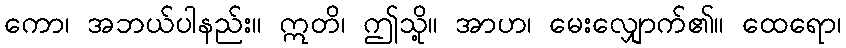
ကော၊ အဘယ်ပါနည်း။ ဣတိ၊ ဤသို့။ အာဟ၊ မေးလျှောက်၏။ ထေရော၊